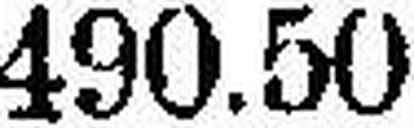
490.50